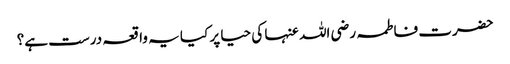
حضرت فاطمہ رضی اللہ عنہا کی حیا پر کیا یہ واقعہ درست ہے؟